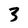
Character: 3